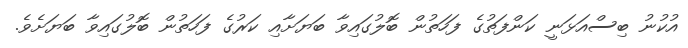
އުކުނު ބިސްއަޅަނީ ކަންފަތުގެ ފަހަތުން ބޮލުގައިވާ ބަޔަށާއި ކަރުގެ ފަހަތުން ބޮލުގައިވާ ބަޔަށެވެ.